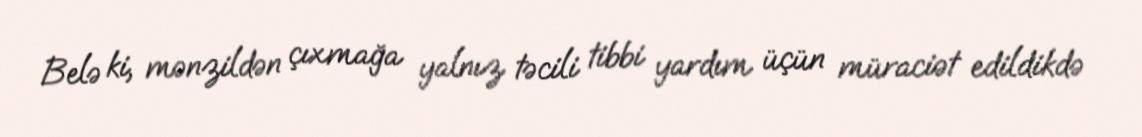
Belə ki, mənzildən çıxmağa yalnız təcili tibbi yardım üçün müraciət edildikdə